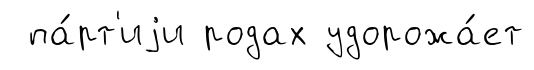
па́рт'иjи родах удорожа́ет